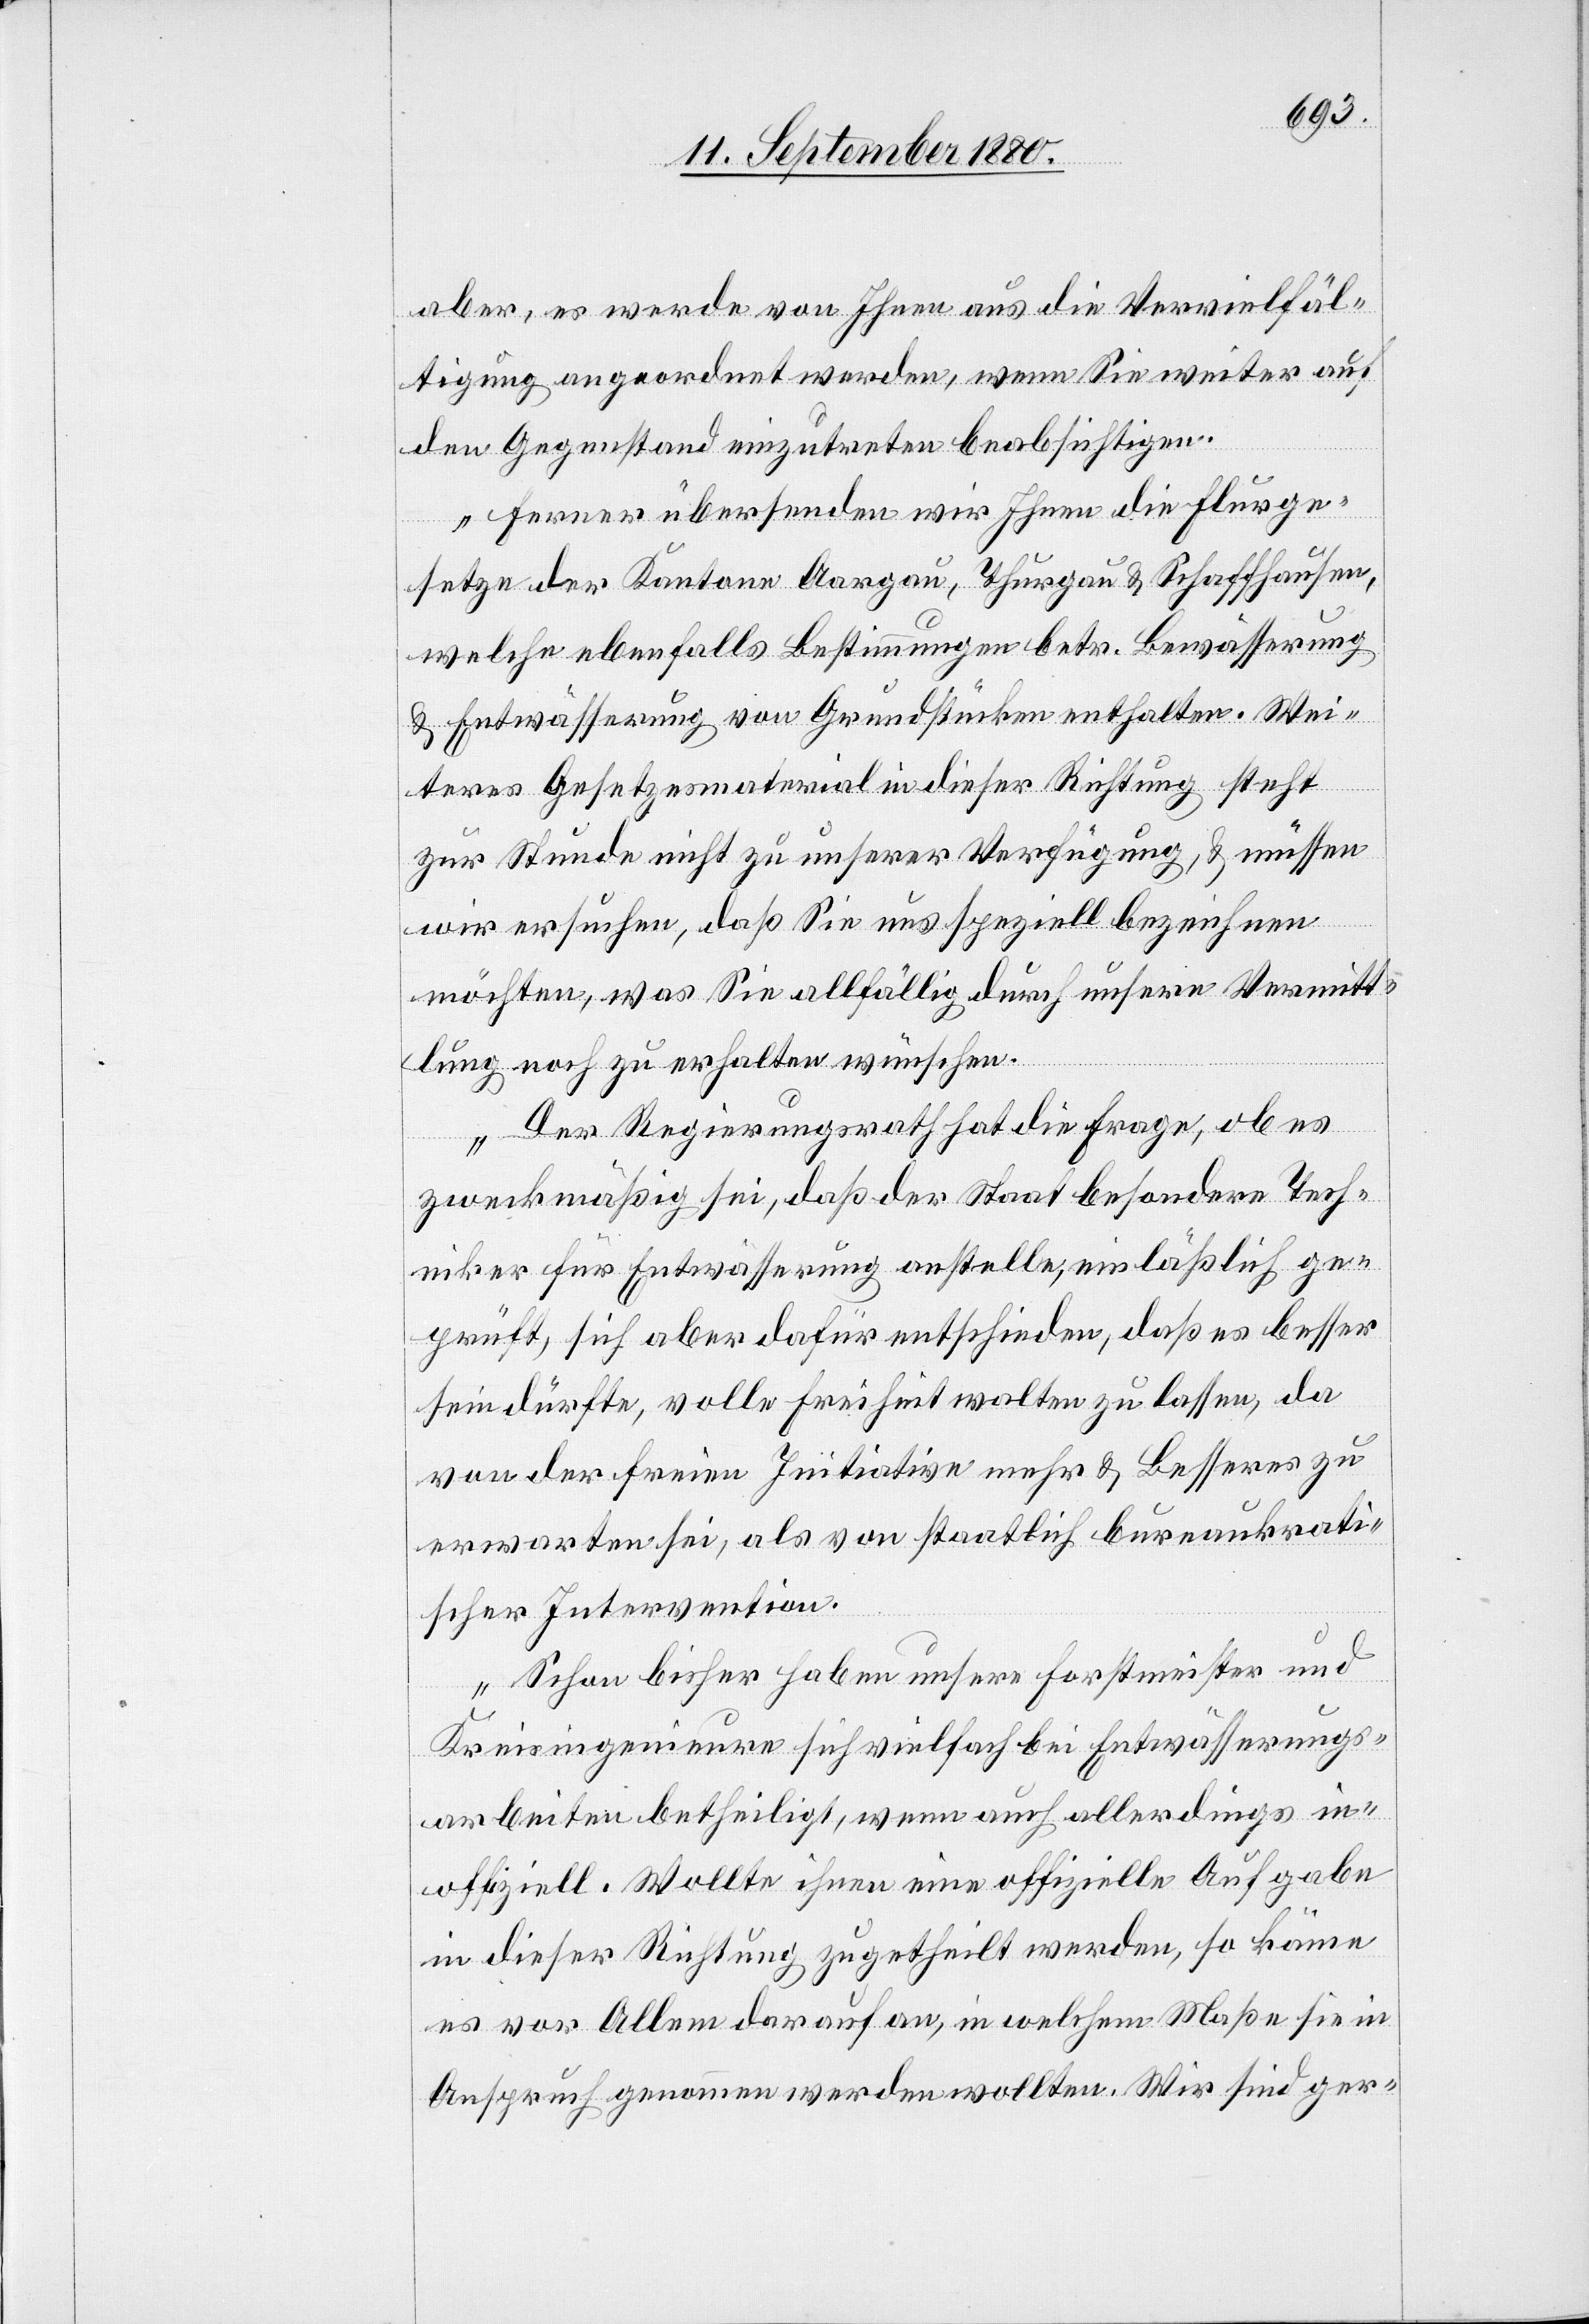
aber, es werde von Ihnen aus die Vervielfäl¬
tigung angeordnet werden, wenn Sie weiter auf
den Gegenstand einzutreten beabsichtigen.
Ferner übersenden wir Ihnen die Flurge¬
setze der Kantone Aargau, Thurgau & Schaffhausen,
welche ebenfalls Bestimmungen betr. Bewässerung
& Entwässerung von Grundstücken enthalten. Wei¬
teres Gesetzesmaterial in dieser Richtung steht
zur Stunde nicht zu unserer Verfügung, & müssen
wir ersuchen, daß Sie uns speziell bezeichnen
möchten, was Sie allfällig durch unsere Vermitt¬
lung noch zu erhalten wünschen.
Der Regierungsrath hat die Frage, ob es
zweckmäßig sei, daß der Staat besondere Tech¬
niker für Entwässerung anstelle, einläßlich ge¬
prüft, sich aber dafür entschieden, daß es besser
sein dürfte, volle Freiheit walten zu lassen, da
von der freien Initiative mehr & Besseres zu
erwarten sei, als von staatlich bureaukrati¬
scher Intervention.
Schon bisher haben unsere Forstmeister und
Kreisingenieure sich vielfach bei Entwässerungs¬
arbeiten betheiligt, wenn auch allerdings in¬
offiziell. Wollte ihnen eine offizielle Aufgabe
in dieser Richtung zugetheilt werden, so käme
es vor Allem darauf an, in welchem Maße sie in
Anspruch genommen werden wollten. Wir sind ger-